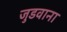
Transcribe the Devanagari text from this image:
जुडवाना